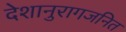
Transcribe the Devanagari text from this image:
देशानुरागजनित